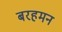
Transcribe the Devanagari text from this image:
बरहमन